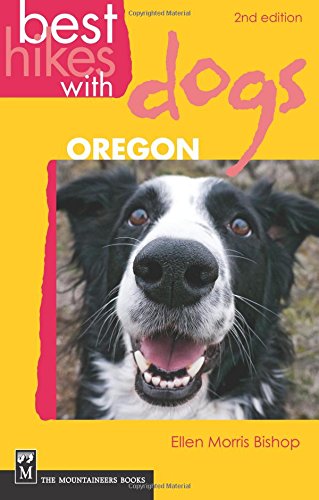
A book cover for Best Hikes with Dogs Oregon; Ellen Morris Bishop; Travel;